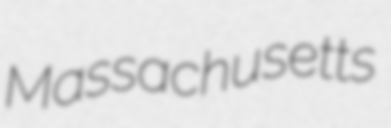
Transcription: Massachusetts